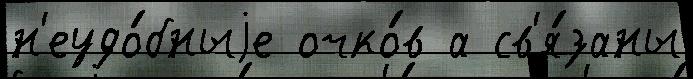
н'еудо́бныjе очко́в а св'я́заны